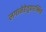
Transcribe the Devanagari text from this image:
लगानेहेतुप्रारम्भिक